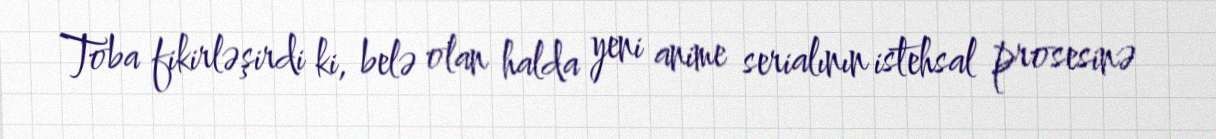
Toba fikirləşirdi ki, belə olan halda yeni anime serialının istehsal prosesinə